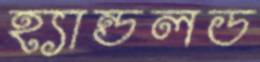
হ্যান্ডলড